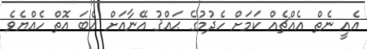
އެއީ ނެތް އެއްޗެއް ކަމަށް ހެދުމުގެ ޙައްޤު އޭނާއަށް އެބަ އޮތް ހެއްޔެވެ